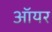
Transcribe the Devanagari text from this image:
ऑयर